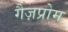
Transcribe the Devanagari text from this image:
गैज़प्रोम